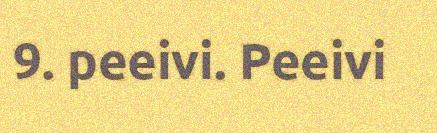
9. peeivi. Peeivi